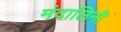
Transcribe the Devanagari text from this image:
मंदालिनी